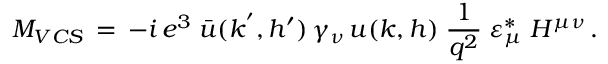
M _ { V C S } \, = \, - i \, e ^ { 3 } \; \bar { u } ( k ^ { ' } , h ^ { \prime } ) \, \gamma _ { \nu } \, u ( k , h ) \; { \frac { 1 } { q ^ { 2 } } } \; \varepsilon _ { \mu } ^ { * } \; H ^ { \mu \nu } \, .